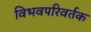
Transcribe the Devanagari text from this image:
विभवपरिवर्तक